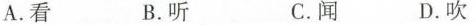
A.看 B.听 C.闻 D.吹